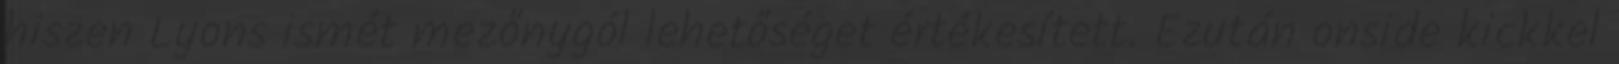
hiszen Lyons ismét mezőnygól lehetőséget értékesített. Ezután onside kickkel